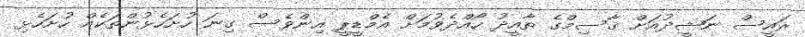
ރައީސް ނަޝީދުއަށް ޤާސިމްގެ ތާއީދު ހޯއްދެވުމަށް އެމްޑީޕީ އިންވެސް ގިނަ ހުށަހެޅުންތަކެއް ހުށަހެޅި